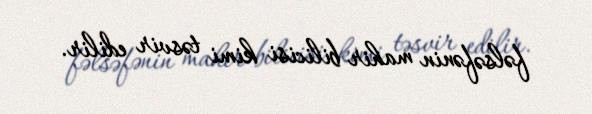
fəlsəfənin mahir bilicisi kimi təsvir edilir.